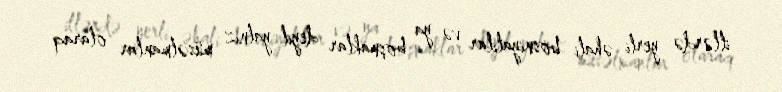
illərdə yerli əhali bosniyalılar və ya boşnaklar deyil yalnız müsəlmanlar olaraq